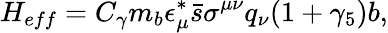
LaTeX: H_{eff}=C_{\gamma}m_{b}\epsilon_{\mu}^{*}\bar{s}\sigma^{\mu\nu}q_{\nu}(1+\gamma_{5})b,